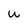
Character: u